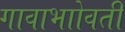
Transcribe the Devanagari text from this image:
गावाभाोवती